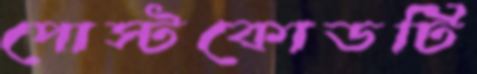
পোস্টকোডটি